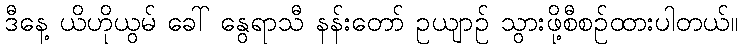
ဒီနေ့ ယိဟိုယွမ် ခေါ် နွေရာသီ နန်းတော် ဥယျာဉ် သွားဖို့စီစဉ်ထားပါတယ်။